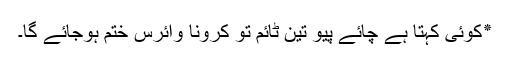
٭کوئی کہتا ہے چائے پیو تین ٹائم تو کرونا وائرس ختم ہوجائے گا۔